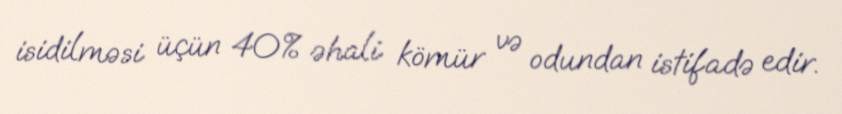
isidilməsi üçün 40% əhali kömür və odundan istifadə edir.